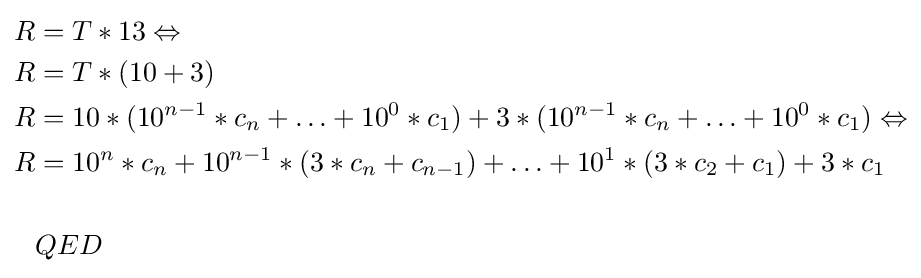
{\begin{aligned}R&=T*13\Leftrightarrow \\R&=T*(10+3)\\R&=10*(10^{n-1}*c_{n}+\ldots +10^{0}*c_{1})+3*(10^{n-1}*c_{n}+\ldots +10^{0}*c_{1})\Leftrightarrow \\R&=10^{n}*c_{n}+10^{n-1}*(3*c_{n}+c_{n-1})+\ldots +10^{1}*(3*c_{2}+c_{1})+3*c_{1}\\\\&QED\end{aligned}}